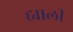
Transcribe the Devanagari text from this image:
ह्याली